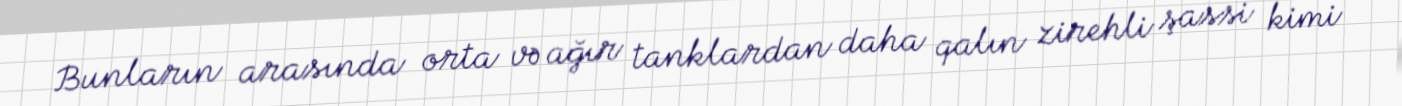
Bunların arasında orta və ağır tanklardan daha qalın zirehli şassi kimi